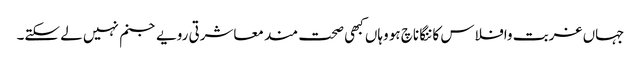
جہاں غربت وافلاس کاننگا ناچ ہو وہاں کبھی صحت مند معاشرتی رویے جنم نہیں لے سکتے۔